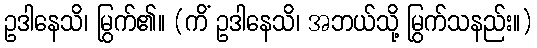
ဥဒါနေသိ၊ မြွက်၏။ (ကိံ ဥဒါနေသိ၊ အဘယ်သို့ မြွက်သနည်း။)